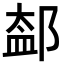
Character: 𨜨